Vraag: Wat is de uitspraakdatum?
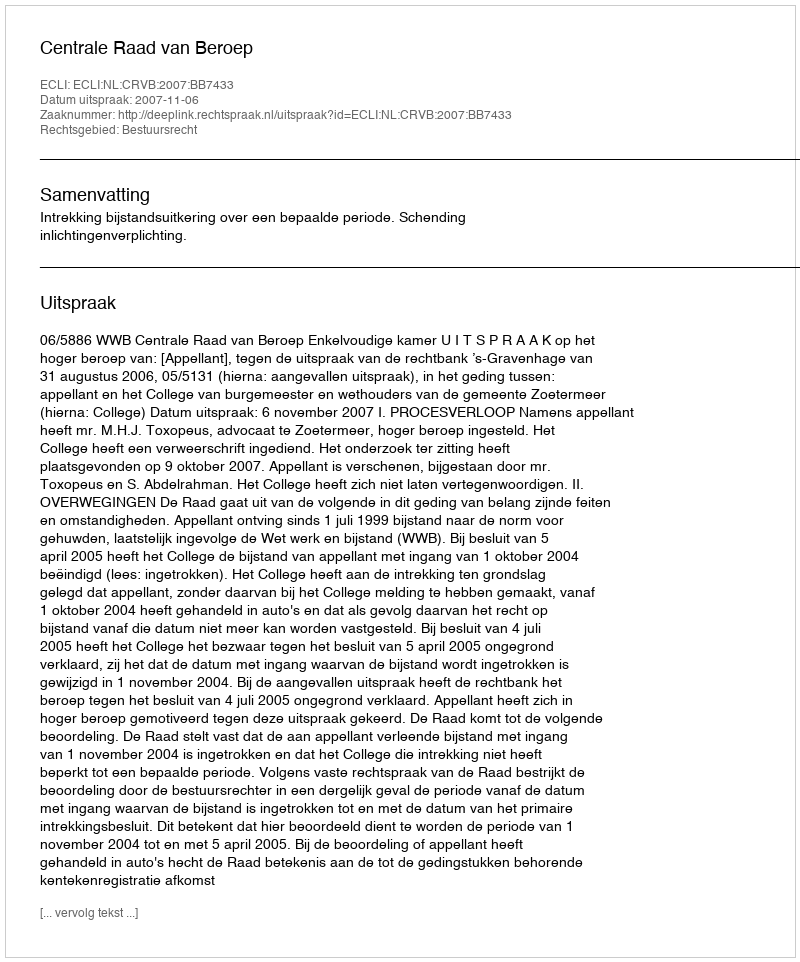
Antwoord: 2007-11-06